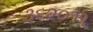
૩૬૨૦૧૧